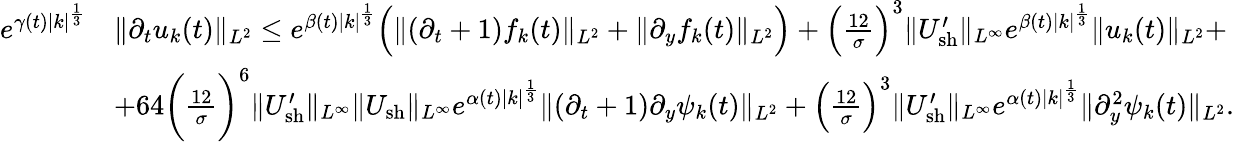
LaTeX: \begin{array}{rl}{e^{\gamma(t)|k|^{\frac{1}{3}}}}&{\| \partial_{t}u_{k}(t)\| _{L^{2}}\leq e^{\beta(t)|k|^{\frac{1}{3}}}\Big(\| (\partial_{t}+1)f_{k}(t)\| _{L^{2}}+\| \partial_{y}f_{k}(t)\| _{L^{2}}\Big)+\Big(\frac{12}{\sigma}\Big)^{3}\| U_{\mathrm{sh}}^{\prime}\| _{L^{\infty}}e^{\beta(t)|k|^{\frac{1}{3}}}\| u_{k}(t)\| _{L^{2}}+}\\ &{+64\bigg(\frac{12}{\sigma}\bigg)^{6}\| U_{\mathrm{sh}}^{\prime}\| _{L^{\infty}}\| U_{\mathrm{sh}}\| _{L^{\infty}}e^{\alpha(t)|k|^{\frac{1}{3}}}\| (\partial_{t}+1)\partial_{y}\psi_{k}(t)\| _{L^{2}}+\Big(\frac{12}{\sigma}\Big)^{3}\| U_{\mathrm{sh}}^{\prime}\| _{L^{\infty}}e^{\alpha(t)|k|^{\frac{1}{3}}}\| \partial_{y}^{2}\psi_{k}(t)\| _{L^{2}}.}\end{array}